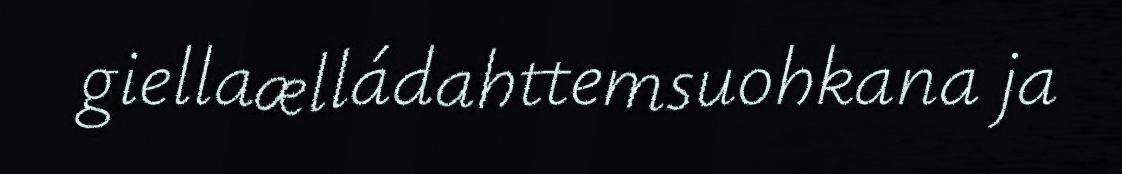
giellaælládahttemsuohkana ja